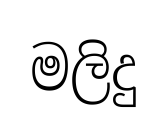
මලිදු